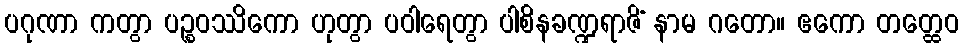
ပဂုဏာ ကတွာ ပဉ္စဝဿိကော ဟုတွာ ပဝါရေတွာ ပါစိနခဏ္ဍရာဇိံ နာမ ဂတော။ ဧကော တတ္ထေဝ